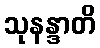
သုနန္ဒာတိ